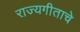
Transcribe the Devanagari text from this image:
राज्यगीताचे